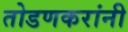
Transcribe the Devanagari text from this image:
तोडणकरांनी